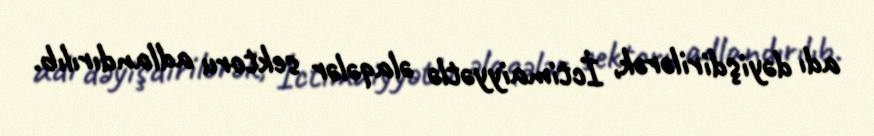
adı dəyişdirilərək, İctimaiyyətlə əlaqələr sektoru adlandırılıb.